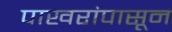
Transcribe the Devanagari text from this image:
पाखरांपासून